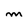
Character: M